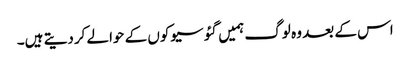
اس کے بعد وہ لوگ ہمیں گئو سیوکوں کے حوالے کردیتے ہیں۔